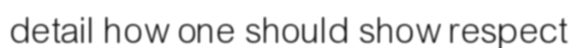
detail how one should show respect